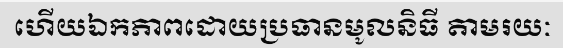
ហើយឯកភាពដោយប្រធានមូលនិធី តាមរយៈ